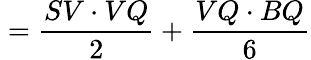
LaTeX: {}={\frac{SV\cdot VQ}{2}}+{\frac{VQ\cdot BQ}{6}}